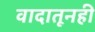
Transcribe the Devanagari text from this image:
वादातूनही